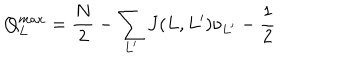
LaTeX: Q _ { L } ^ { m a x } = \frac { N } { 2 } - \sum _ { L ^ { \prime } } J ( L , L ^ { \prime } ) \nu _ { L ^ { \prime } } - \frac { 1 } { 2 }